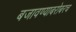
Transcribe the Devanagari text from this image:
बजावण्याबरोबरच